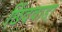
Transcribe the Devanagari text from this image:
छिंदवाडा़